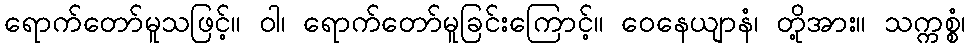
ရောက်တော်မူသဖြင့်။ ဝါ၊ ရောက်တော်မူခြင်းကြောင့်။ ဝေနေယျာနံ၊ တို့အား။ သက္ကစ္စံ၊